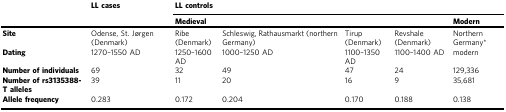
|  | LL cases | <COLSPAN=5> LL controls |
 |  |  | <COLSPAN=4> Medieval | Modern |
 | --- | --- | --- | --- | --- | --- | --- |
 | Site | Odense, St. Jørgen (Denmark) | Ribe (Denmark) | Schleswig, Rathausmarkt (northern Germany) | Tirup (Denmark) | Revshale (Denmark) | Northern Germany* |
 | Dating | 1270–1550 AD | 1250–1600 AD | 1000–1250 AD | 1100–1350 AD | 1100–1400 AD | modern |
 | Number of individuals | 69 | 32 | 49 | 47 | 24 | 129,336 |
 | Number of rs3135388-T alleles | 39 | 11 | 20 | 16 | 9 | 35,681 |
 | Allele frequency | 0.283 | 0.172 | 0.204 | 0.170 | 0.188 | 0.138 |